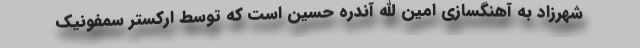
شهرزاد به آهنگسازی امین الله آندره حسین است که توسط ارکستر سمفونیک